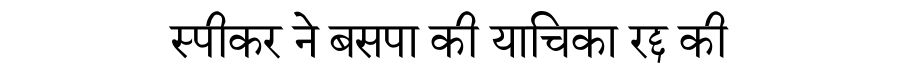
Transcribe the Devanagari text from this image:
स्पीकर ने बसपा की याचिका रद्द की